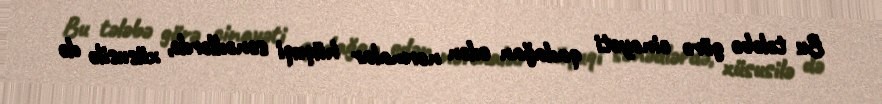
Bu tələbə görə cinayəti qadağan edən normalar hüquqi sənədlərdə, xüsusilə də